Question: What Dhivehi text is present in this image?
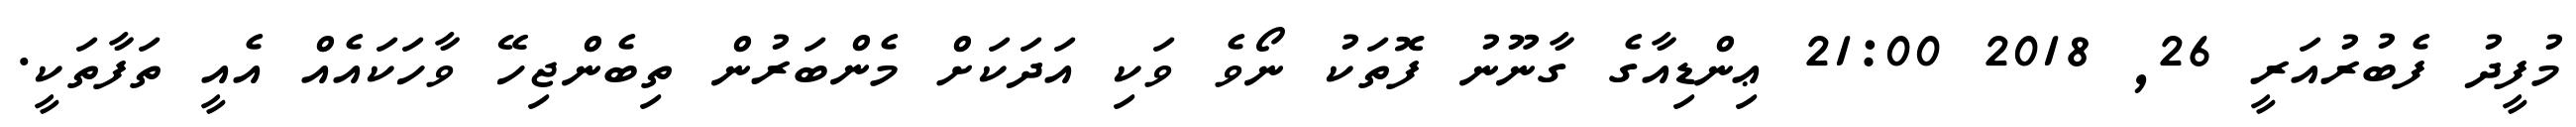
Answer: މުފީދު ފެބުރުއަރީ 26, 2018 21:00 ޢިންޑިއާގެ ގާނޫނު ފޮތަކު ނޯވެ ވަކި އަދަކަށް މެންބަރުން ތިބެންޖިހޭ ވާހަކައެއް އެއީ ތަފާތަކީ.